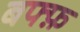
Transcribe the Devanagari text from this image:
बफ्फ़